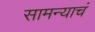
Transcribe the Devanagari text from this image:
सामन्याचं